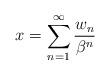
LaTeX: \begin{align*}x=\sum_{n=1}^\infty\frac{w_n}{\beta^n}\end{align*}